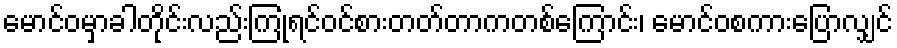
မောင်ဝမှာခါတိုင်းလည်းကြုံရင်ဝင်စားတတ်တာကတစ်ကြောင်း၊ မောင်ဝစကားပြောလျှင်